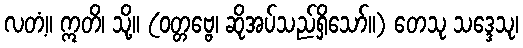
လတံ့။ ဣတိ၊ သို့။ (ဝတ္တဗ္ဗေ၊ ဆိုအပ်သည်ရှိသော်။) တေသု သဒ္ဒေသု၊